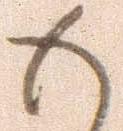
も